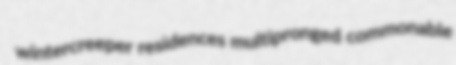
wintercreeper residences multipronged commonable